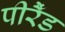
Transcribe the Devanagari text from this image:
पीरैँड